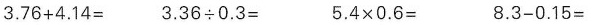
$$3 . 7 6 + 4 . 1 4 =$$ $$3 . 3 6 \div 0 . 3 =$$ $$5 . 4 \times 0 . 6 = $$ $$8 . 3 - 0 . 1 5 =